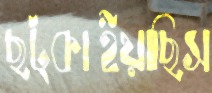
ছট্‌কাইয়াছিস